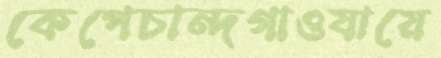
কেপেচান্দগাওযায়ে